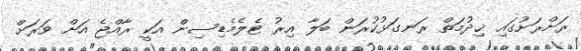
ރަށްރަށުގައި ޚިދުމަތް ރަނގަޅުކުރަން ބަަލާ އިރު ޓެލެމެޑިސިން އަކީ ރާއްޖެ އަށް ވަރަށް